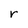
Character: r